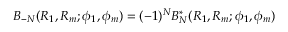
B _ { - N } ( R _ { 1 } , R _ { m } ; \phi _ { 1 } , \phi _ { m } ) = ( - 1 ) ^ { N } B _ { N } ^ { \mathrm { * } } ( R _ { 1 } , R _ { m } ; \phi _ { 1 } , \phi _ { m } )